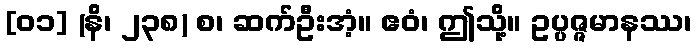
[၀၁] (နိ၊ ၂၃၈) စ၊ ဆက်ဦးအံ့။ ဧဝံ၊ ဤသို့။ ဥပ္ပဇ္ဇမာနဿ၊